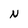
Character: N